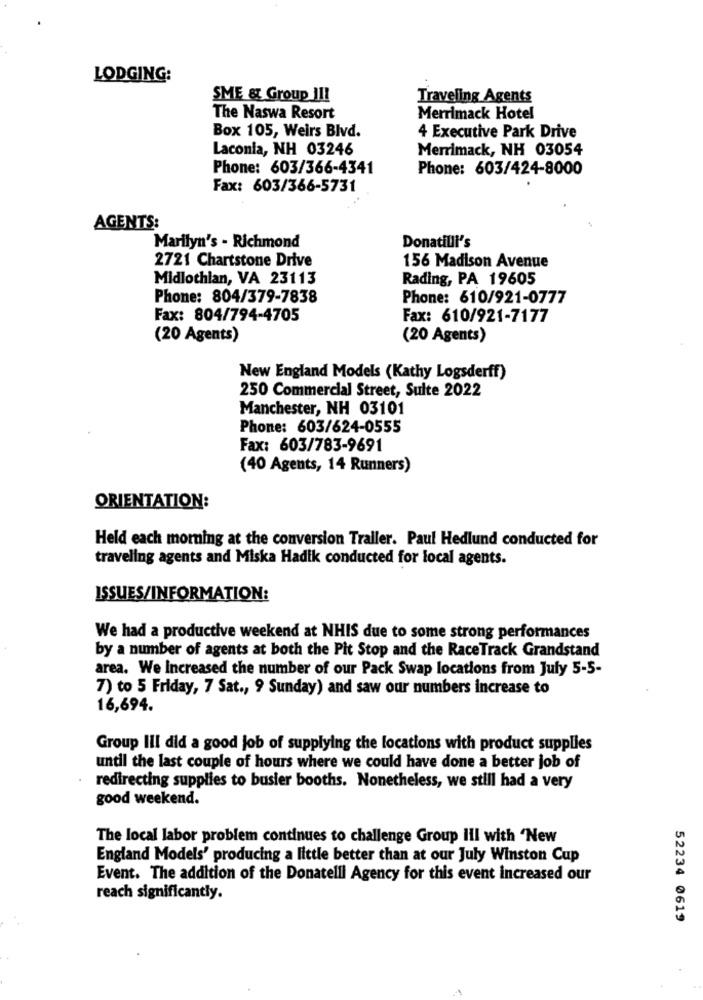
LODGING:
SME & Group II!
Traveling Agents
The Naswa Resort
Merrimack Hotel
Box 105, Weirs Blvd.
4 Executive Park Drive
Laconia, NH 03246
Merrimack, NH 03054
Phone: 603/366-4341
Phone: 603/424-8000
Fax: 603/366-5731
AGENTS:
Marilyn's - Richmond
Donatilli's
2721 Chartstone Drive
156 Madison Avenue
Midlothian, VA 23113
Rading, PA 19605
Phone: 804/379-7838
Phone: 610/921-0777
Fax: 804/794-4705
Fax: 610/921-7177
(20 Agents)
(20 Agents)
New England Models (Kathy Logsderff)
250 Commercial Street, Suite 2022
Manchester, NH 03101
Phone: 603/624-0555
Fax: 603/783-9691
(40 Agents, 14 Runners)
ORIENTATION:
Held each morning at the conversion Trailer. Paul Hedlund conducted for
traveling agents and Miska Hadik conducted for local agents.
ISSUES/INFORMATION:
We had a productive weekend at NHIS due to some strong performances
by a number of agents at both the Pit Stop and the RaceTrack Grandstand
area. We Increased the number of our Pack Swap locations from July 5-5-
7) to 5 Friday, 7 Sat ., 9 Sunday) and saw our numbers increase to
16,694.
Group III did a good job of supplying the locations with product supplies
until the last couple of hours where we could have done a better job of
redirecting supplies to busier booths. Nonetheless, we still had a very
good weekend.
The local labor problem continues to challenge Group Ill with "New
England Models' producing a little better than at our July Winston Cup
Event. The addition of the Donatelli Agency for this event increased our
reach significantly.
52234 0619